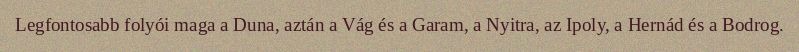
Legfontosabb folyói maga a Duna, aztán a Vág és a Garam, a Nyitra, az Ipoly, a Hernád és a Bodrog.